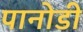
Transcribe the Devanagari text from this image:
पानोडी